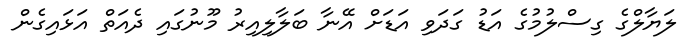
ލަޔާލްގެ ގިސްލުމުގެ އަޑު ގަދަވި އަޑަށް އޭނާ ބަލާލިއިރު މޫނުގައި ދެއަތް އަޅައިގެން